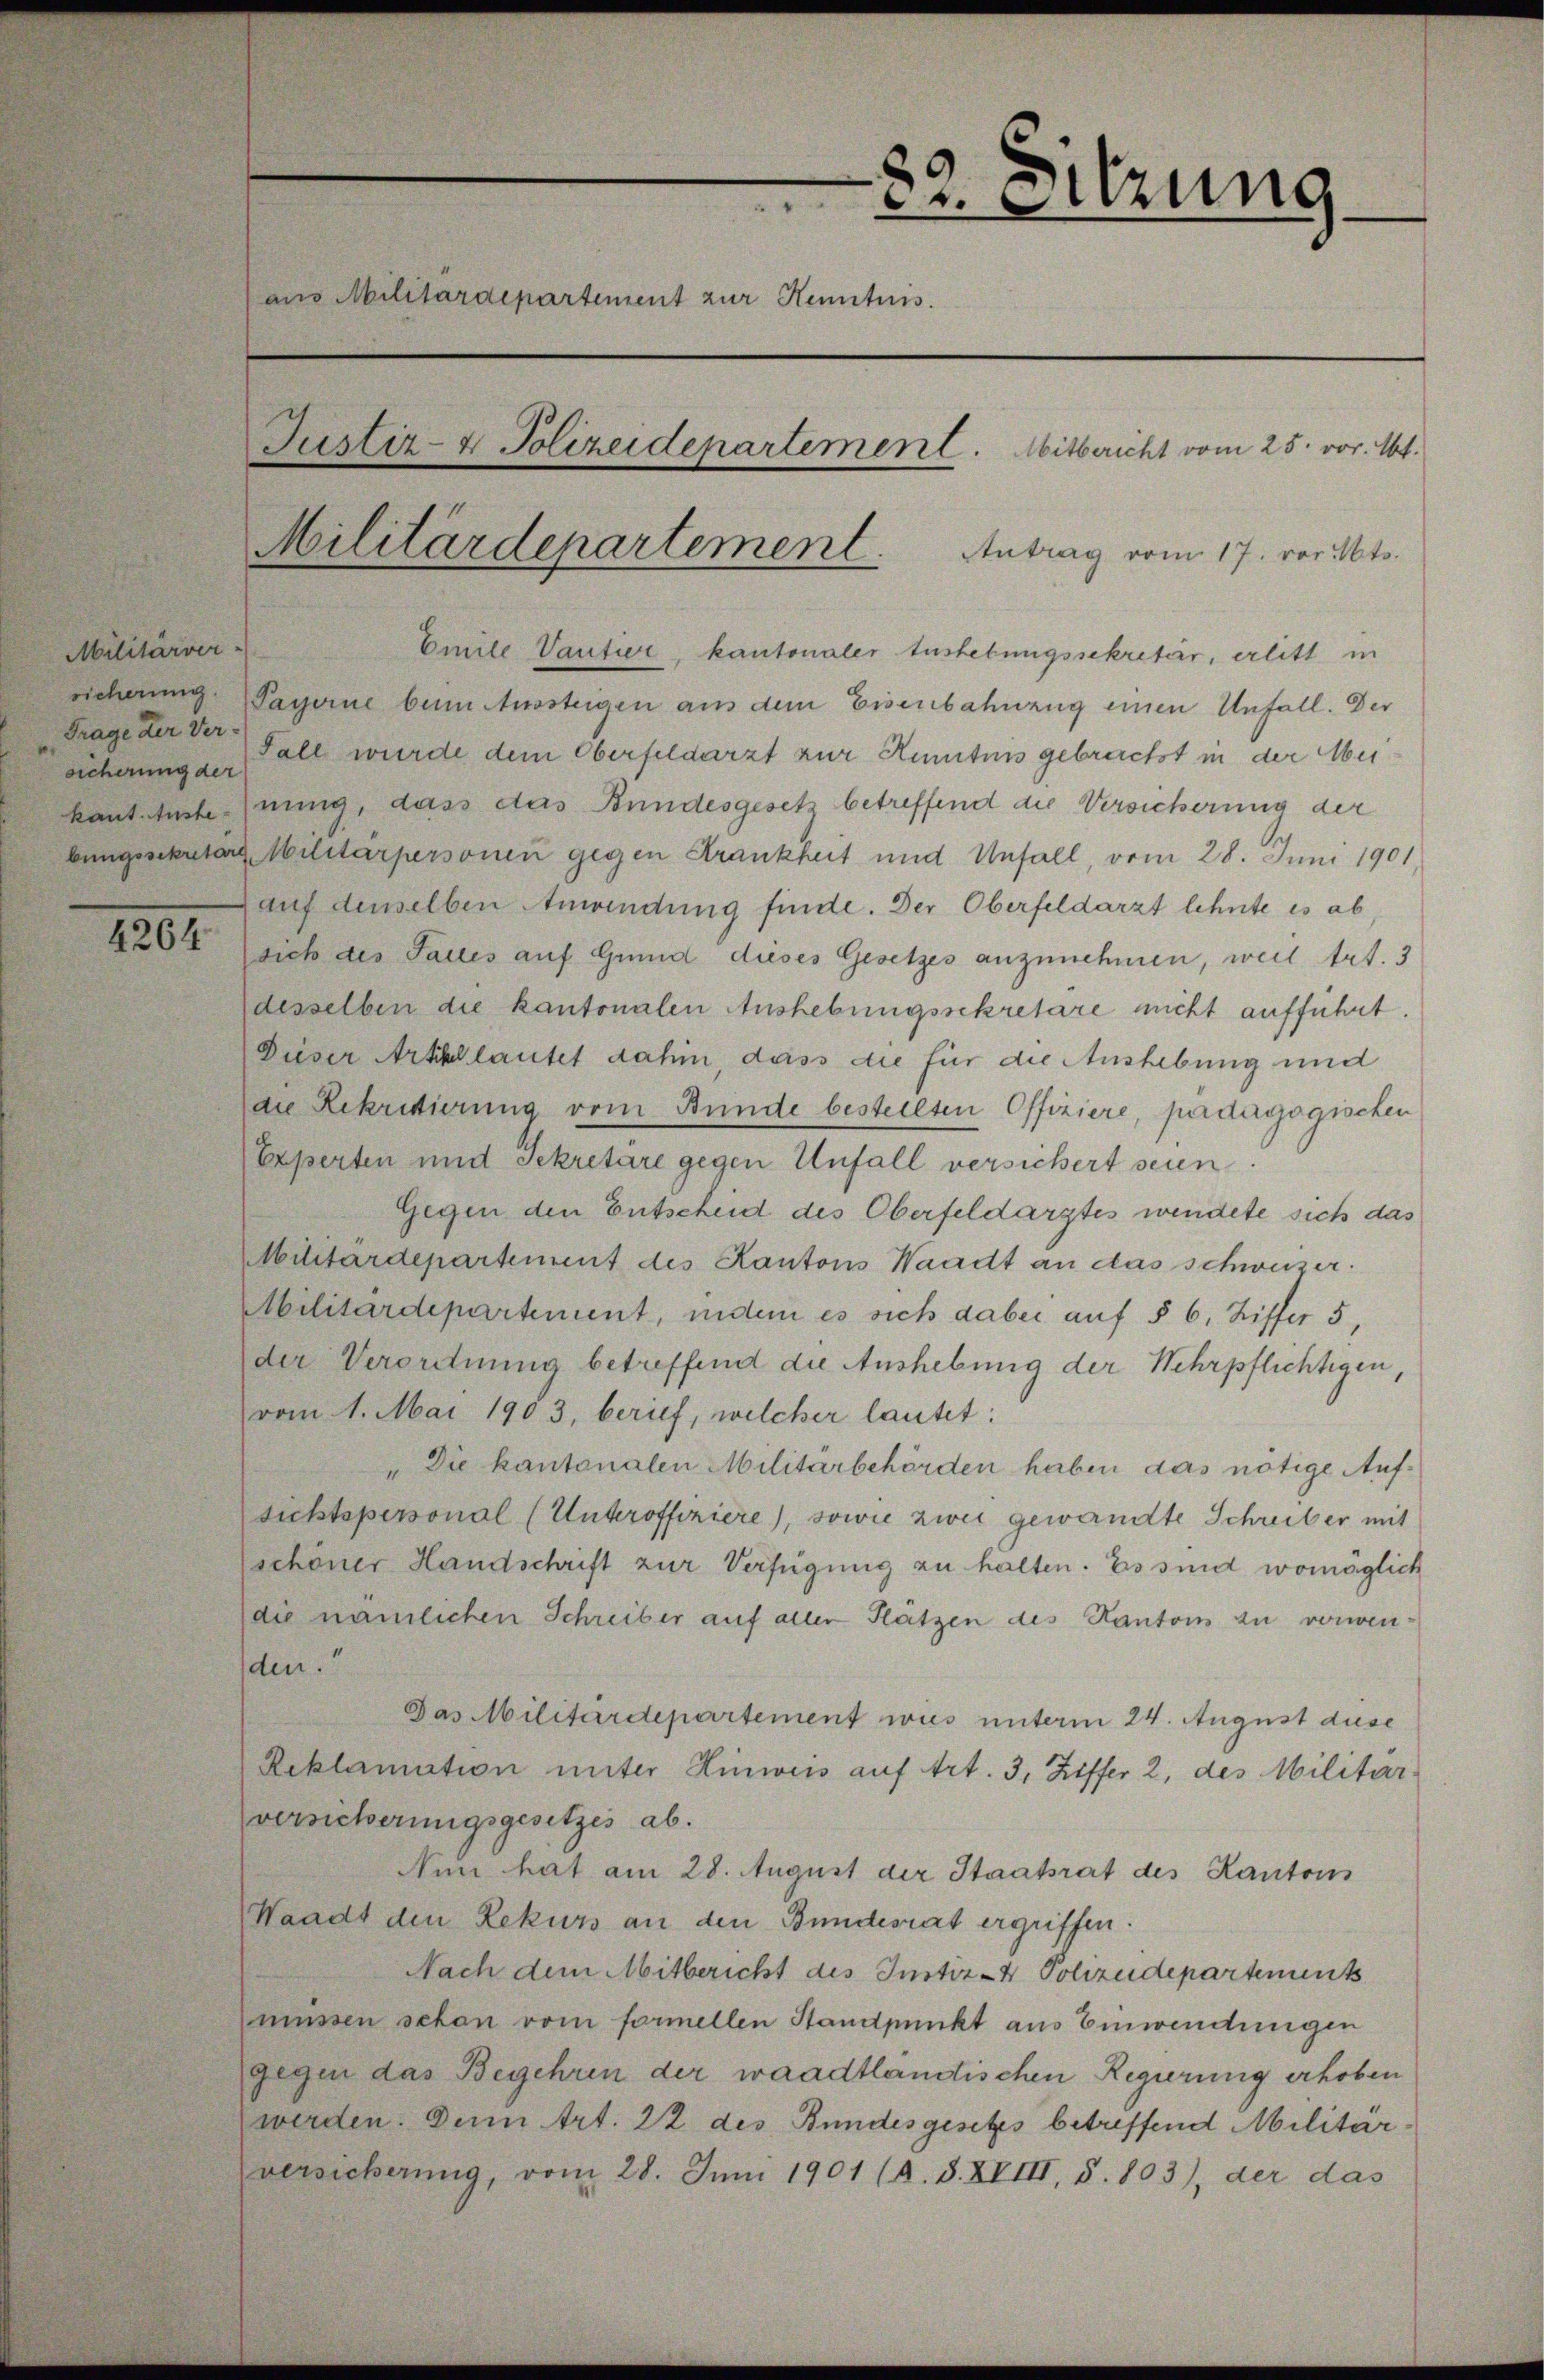
Militärver-
Frage der Ver-

1201

82. Sitzung
aus Militärdepartement zur Kenntnis.
Justiz- & Polizeidepartement. Mitbericht vom 25. vor. Art.
Militärdepartement. Antrag vom 17. vor. Mts.

Emile Vantier, kantonaler Aushebungssekretär, erlitt in
scherung. Payerne beim Aussteigen aus dem Eisenbahnzug einen Unfall. Der
Sicherung der Fall wurde dem Oberfeldarzt zur Kenntnis gebreichst in der Mei
kant. Anstehnung, dass das Bundesgesetz betreffend die Versicherung der
bungssekutor Militarpersonen gegen Krankheit und Unfall, vom 28. Juni 1901
(auf denselben Anwendung finde. Der Oberfeldarzt lehnte es ab,
sich des Falles auf Grund dieses Gesetzes anzunehmen, weil trt. 3
desselben die kantonalen Aushebungssekretare nicht aufführt.
Dieser Arthllautet dahin, dass die für die Aushebung und
die Rekritierung vom Bunde bestellten Offiziere, pädagogischen
Experten und Sekretäre gegen Unfall versichert seien.
Gegen den Entscheid des Oberfeldarztes wendete sich das
Militärdepartement des Kantons Waadt an das schweizer.
Abilitärdepartement, indem es sich dabei auf § 6, Ziffer 5
der Verordnung betreffend die Aushebung der Wehrpflichtigen,
vom 1. Mai 1903, berief, welcher lautet:
"Die kantonalen Militärbehörden haben das nötige Aufsichtspersonal (Unteroffiziere), sowie zwei gewandte Schreiber mit
schöner Handschrift zur Verfügung zu halten. Es sind womöglich
(die nämlichen Schreiber auf aller Flätzen des Kantons zu verwenden.“
Das Militärdepartement wies unterm 24. August diese
Reklamation unter Hinweis auf Art. 3, Ziffer 2, des Militar-
versicherungsgesetzes ab.
Nun hat am 28. August der Staatrat des Kantons
Waadt den Rekurs an den Bundesrat ergriffen.
Nach dem Mitbericht des Justiz- & Polizeidepartement
müssen schon vom formellen Standpunkt aus Einwendungen
gegen das Begehren der waadtländischen Regierung erhoben
werden. Denn Art. 22 des Bundesgesetzes betreffend Militärversicherung, vom 28. Juni 1901 (a. S. XVIII, S. 803), der das